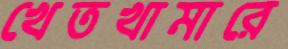
খেতখামারে